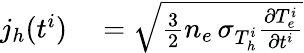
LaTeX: \begin{array}{rl}{j_{h}(t^{i})}&{{}=\sqrt{\frac{3}{2}n_{e}\, \sigma_{T_{h}^{i}}\frac{\partial T_{e}^{i}}{\partial t^{i}}}}\end{array}